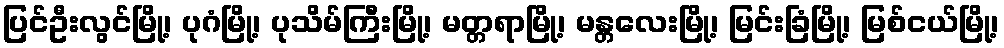
ပြင်ဦးလွင်မြို့၊ ပုဂံမြို့၊ ပုသိမ်ကြီးမြို့၊ မတ္တရာမြို့၊ မန္တလေးမြို့၊ မြင်းခြံမြို့၊ မြစ်ငယ်မြို့၊